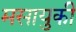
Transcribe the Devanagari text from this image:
मसायुकी